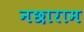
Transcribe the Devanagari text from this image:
नछाराम